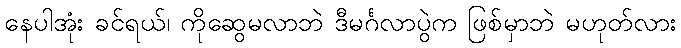
နေပါအုံး ခင်ရယ်၊ ကိုဆွေမလာဘဲ ဒီမင်္ဂလာပွဲက ဖြစ်မှာဘဲ မဟုတ်လား